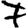
Digit: 7